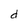
Character: d